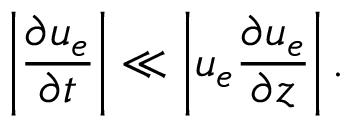
\left| \frac { \partial u _ { e } } { \partial t } \right| \ll \left| u _ { e } \frac { \partial u _ { e } } { \partial z } \right| .